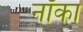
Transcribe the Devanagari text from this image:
नॉका